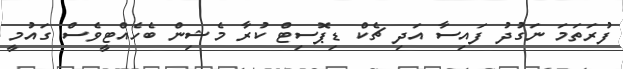
ފުރަތަމަ ނަގުދު ފައިސާ އަދި ޗެކް ޑިޕޮސިޓް ކުރާ މެޝިން ބެހެއްޓީވެސް ގައުމީ